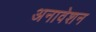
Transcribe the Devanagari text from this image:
अनावेशन